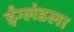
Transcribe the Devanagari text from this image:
ईंग्लंडला